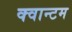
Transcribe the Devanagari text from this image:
क्‍वान्‍टम